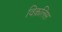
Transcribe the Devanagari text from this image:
विक़लिस